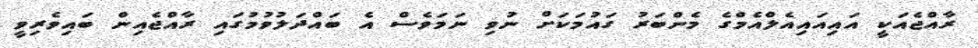
ރާއްޖެއަކީ އައިއައިއެލްއެމްގެ މެންބަރު ގައުމަކަށް ނުވި ނަމަވެސް އެ ބައްދަލުވުމުގައި ރާއްޖެއިން ބައިވެރިވީ